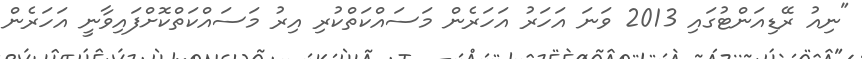
"ނިއު ރޭޑިއަންޓުގައި 2013 ވަނަ އަހަރު އަހަރެން މަސައްކަތްކުރި އިރު މަސައްކަތްކޮށްފައިވާނީ އަހަރެން